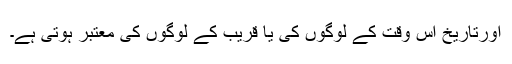
اورتاریخ اس وقت کے لوگوں کی یا قریب کے لوگوں کی معتبر ہوتی ہے۔